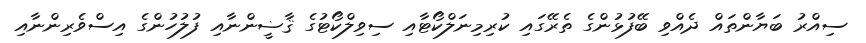
ސިއްރު ބަޔާންތައް ދެއްވި ބޭފުޅުންގެ ތެރޭގައި ކުރިމިނަލްކޯޓާއި ސިވިލްކޯޓުގެ ޤާޟީންނާއި ފުލުހުންގެ އިސްވެރިންނާއި